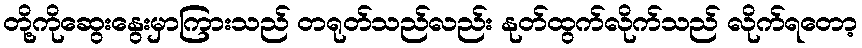
တို့ကိုဆွေးနွေးမှာကြားသည် တရုတ်သည်လည်း နုတ်ထွက်လိုက်သည် လိုက်ရတော့